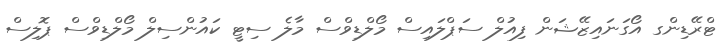
ޓްރޭޑިންގ އޯގަނައިޒޭޝަން ފިއުލް ސަޕްލައިސް މޯލްޑިވްސް މާލެ ސިޓީ ކައުންސިލް މޯލްޑިވްސް ޕޮލިސް